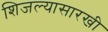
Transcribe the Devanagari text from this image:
शिजल्यासारखी